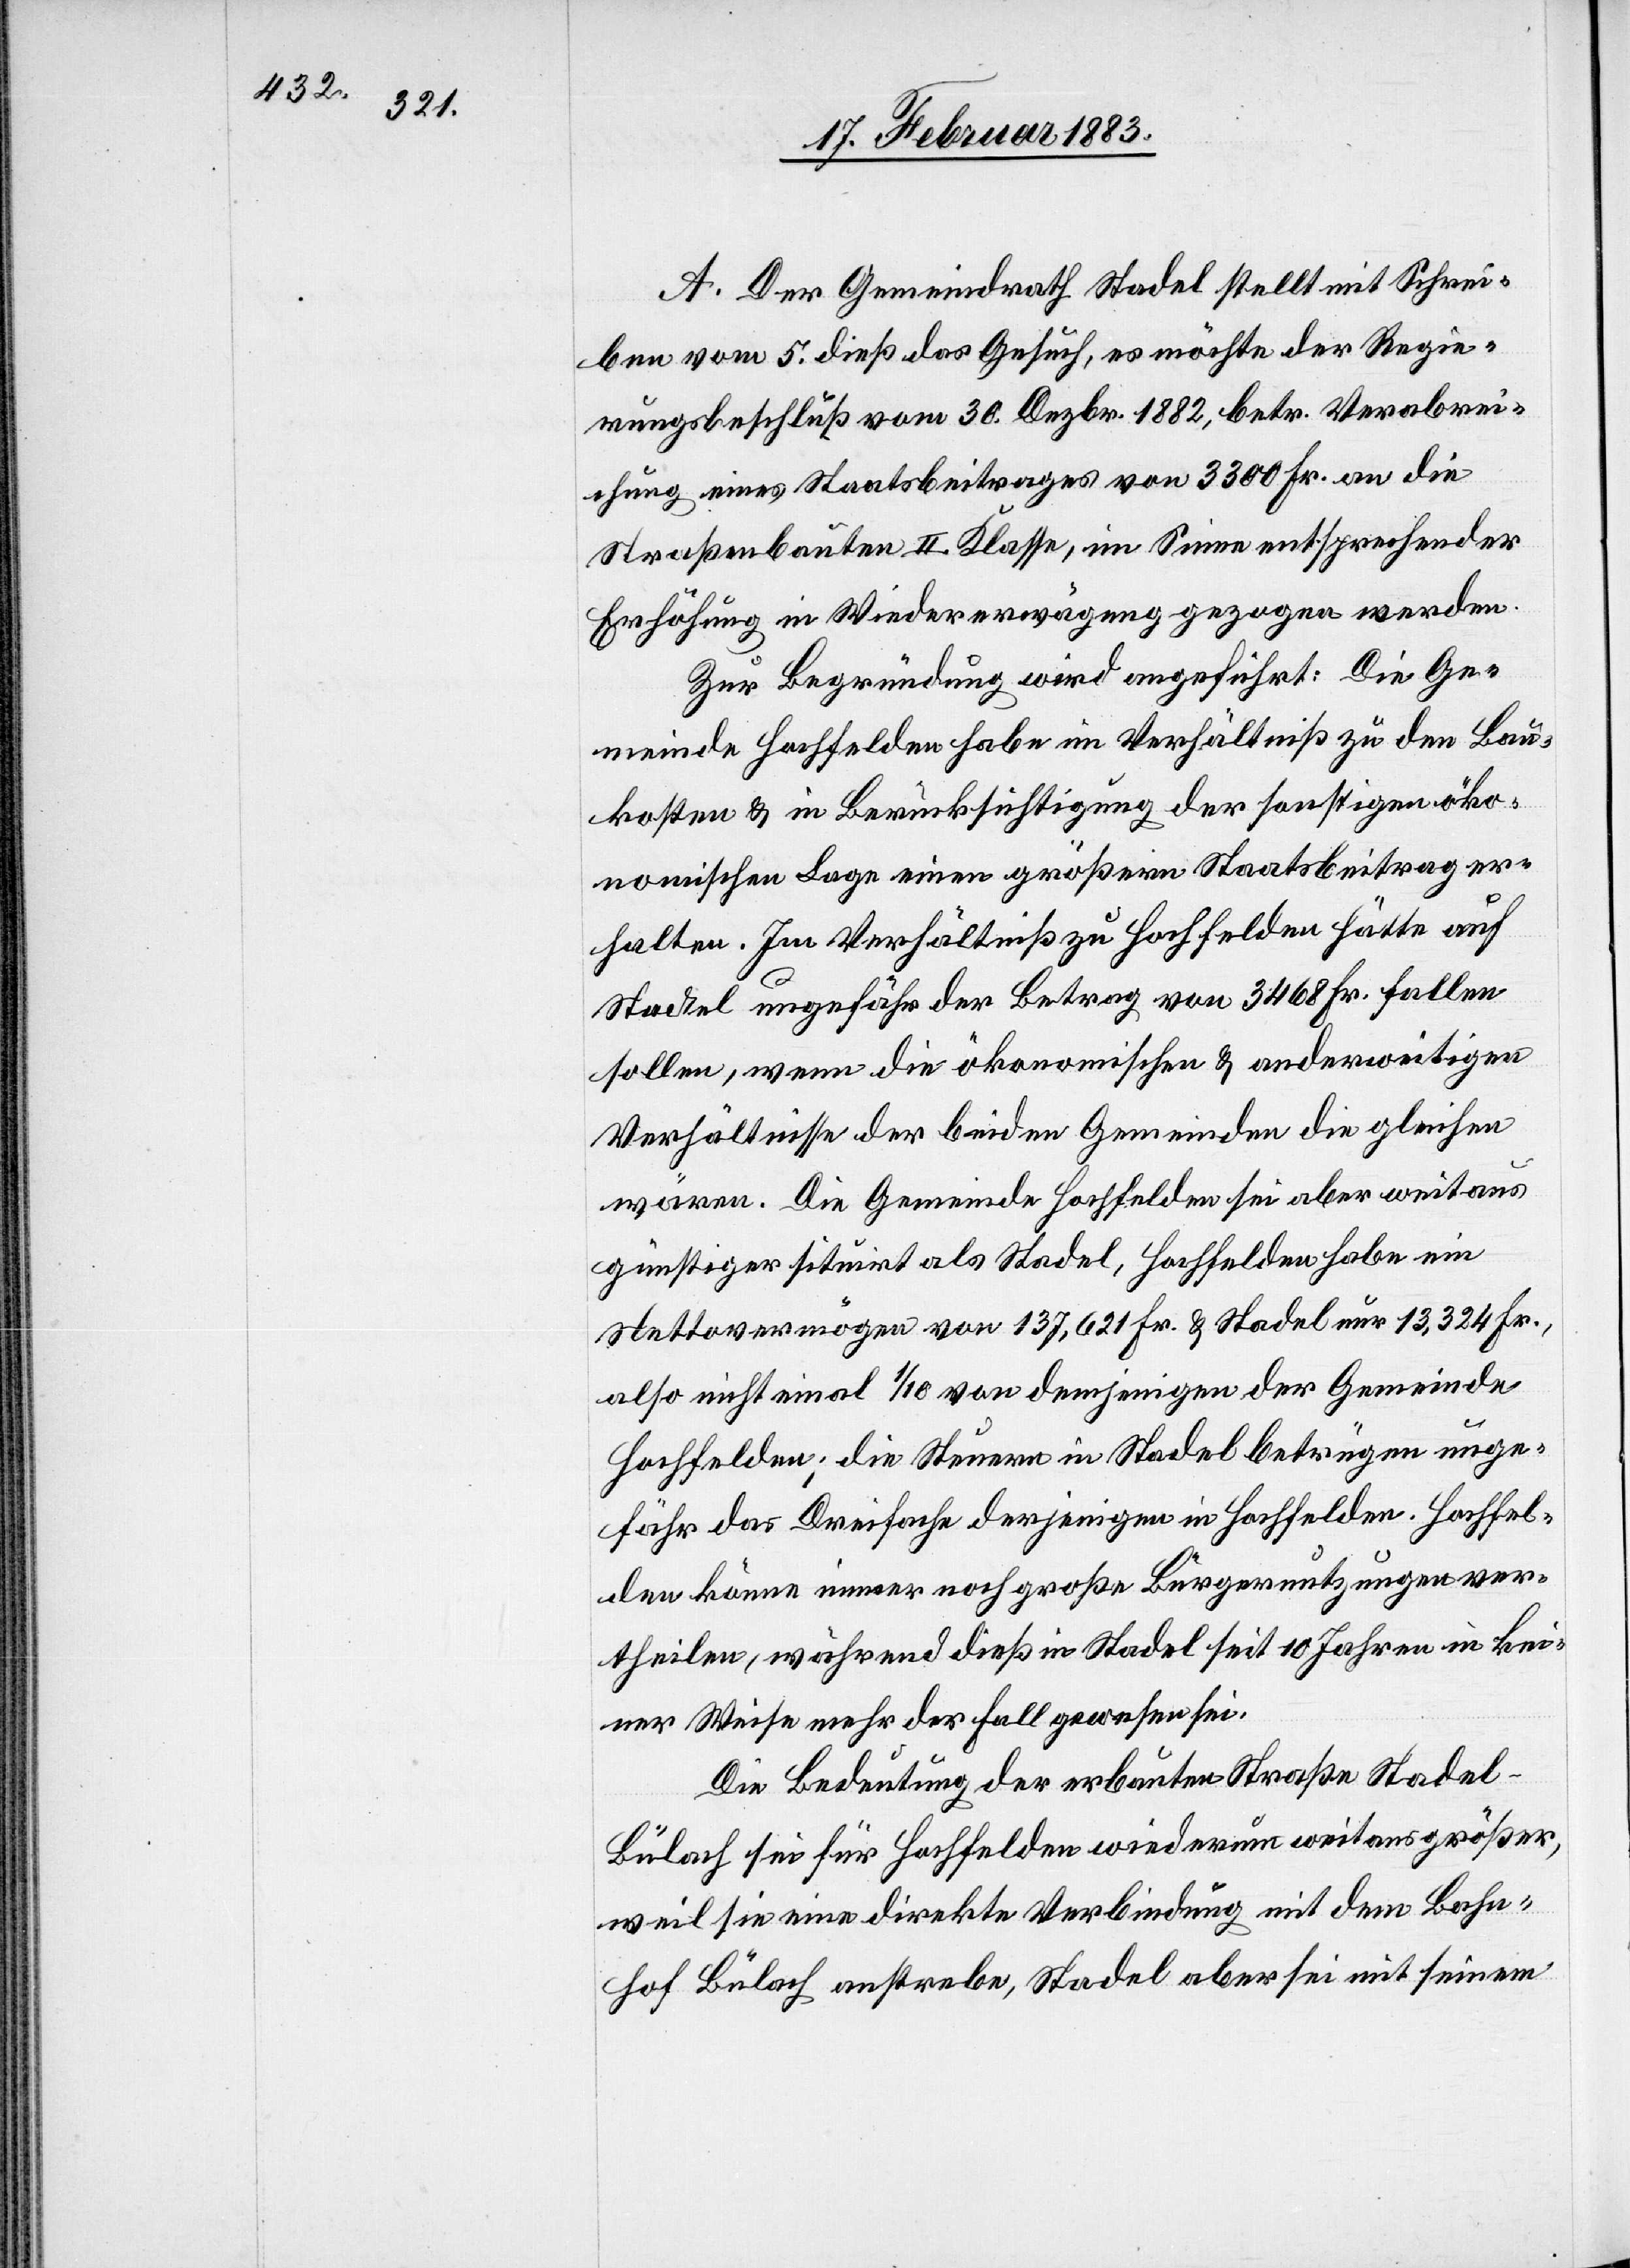
A. Der Gemeindrath Stadel stellt mit Schrei¬
ben vom 5. dieß das Gesuch, es möchte der Regie¬
rungsbeschluß vom 30. Dezbr. 1882, betr. Verabrei¬
chung eines Staatsbeitrages von 3300 Fr. an die
Straßenbauten II. Klasse, im Sinne entsprechender
Erhöhung in Wiedererwägung gezogen werden.
Zur Begründung wird angeführt: Die Ge¬
meinde Hochfelden habe im Verhältniß zu den Bau¬
kosten & in Berücksichtigung der sonstigen öko¬
nomischen Lage einen größeren Staatsbeitrag er¬
halten. Im Verhältniß zu Hochfelden hätte auf
Stadel ungefähr der Betrag von 3468 Fr. fallen
sollen, wenn die ökonomischen & anderweitigen
Verhältnisse der beiden Gemeinden die gleichen
wären. Die Gemeinde Hochfelden sei aber weitaus
günstiger situirt als Stadel, Hochfelden habe ein
Nettovermögen von 137,621 Fr. & Stadel nur 13,324 Fr.,
also nicht einmal 1/10 von demjenigen der Gemeinde
Hochfelden; die Steuern in Stadel betrügen unge¬
fähr das Dreifache derjenigen in Hochfelden. Hochfel¬
den könne immer noch große Bürgernutzungen ver¬
theilen, während dieß in Stadel seit 10 Jahren in kei¬
ner Weise mehr der Fall gewesen sei.
Die Bedeutung der erbauten Straße Stadel–B¬
ülach sei für Hochfelden wiederum weitaus größer,
weil sie eine direkte Verbindung mit dem Bahn¬
hof Bülach anstrebe, Stadel aber sei mit seinem